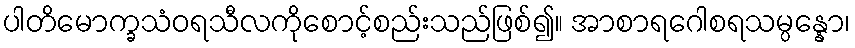
ပါတိမောက္ခသံဝရသီလကိုစောင့်စည်းသည်ဖြစ်၍။ အာစာရဂေါစရသမ္ပန္နော၊